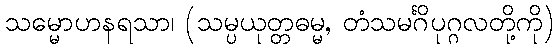
သမ္မောဟနရသာ၊ (သမ္ပယုတ္တဓမ္မ, တံသမင်္ဂိပုဂ္ဂလတို့ကို)